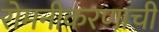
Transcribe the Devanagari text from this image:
रोमनीकरणाची